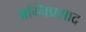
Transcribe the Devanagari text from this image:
अग्निप्रसाद